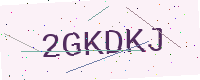
Text: 2GKDKJ